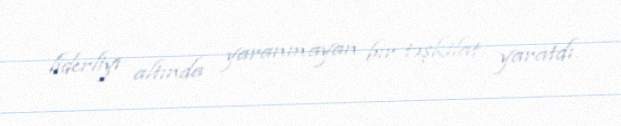
liderliyi altında yaranmayan bir təşkilat yaratdı.